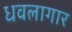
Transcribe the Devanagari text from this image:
धवलागार